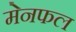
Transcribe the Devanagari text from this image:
मेनफल